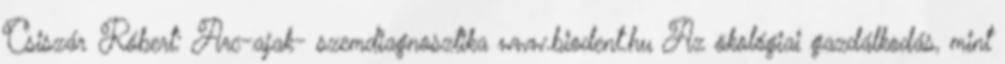
Csiszár Róbert: Arc-ajak- szemdiagnosztika www.biodent.hu Az ökológiai gazdálkodás, mint